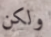
ولكن